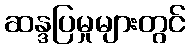
ဆန္ဒပြမှုများတွင်